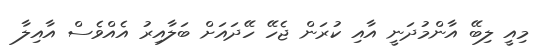
މިއީ ލިބޭ އާންމުދަނީ އާއި ކުރަން ޖެހޭ ހޭދައަށް ބަލާއިރު އެއްވެސް އާއިލާ